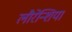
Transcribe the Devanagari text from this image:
लौरेन्शिया